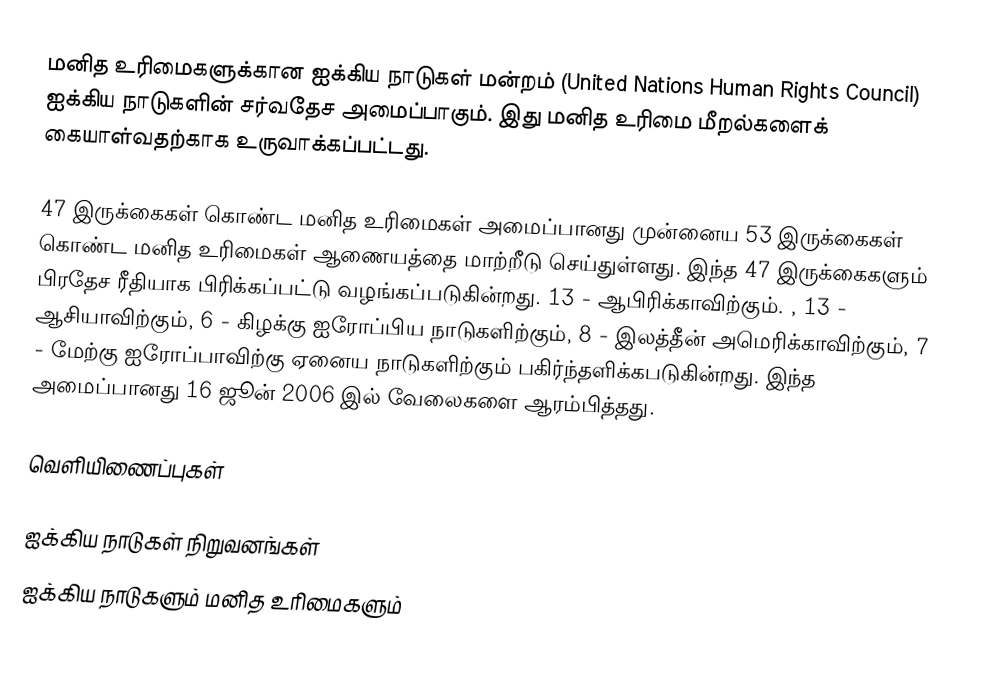
மனித உரிமைகளுக்கான ஐக்கிய நாடுகள் மன்றம் (United Nations Human Rights Council) ஐக்கிய நாடுகளின் சர்வதேச அமைப்பாகும். இது மனித உரிமை மீறல்களைக் கையாள்வதற்காக உருவாக்கப்பட்டது.

47 இருக்கைகள் கொண்ட மனித உரிமைகள் அமைப்பானது முன்னைய 53 இருக்கைகள் கொண்ட மனித உரிமைகள் ஆணையத்தை மாற்றீடு செய்துள்ளது. இந்த 47 இருக்கைகளும் பிரதேச ரீதியாக பிரிக்கப்பட்டு வழங்கப்படுகின்றது. 13 - ஆபிரிக்காவிற்கும். , 13 - ஆசியாவிற்கும், 6 - கிழக்கு ஐரோப்பிய நாடுகளிற்கும், 8 - இலத்தீன் அமெரிக்காவிற்கும், 7 - மேற்கு ஐரோப்பாவிற்கு ஏனைய நாடுகளிற்கும் பகிர்ந்தளிக்கபடுகின்றது. இந்த அமைப்பானது 16 ஜூன் 2006 இல் வேலைகளை ஆரம்பித்தது.

வெளியிணைப்புகள்

ஐக்கிய நாடுகள் நிறுவனங்கள்
ஐக்கிய நாடுகளும் மனித உரிமைகளும்